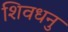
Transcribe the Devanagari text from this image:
शिवधनु